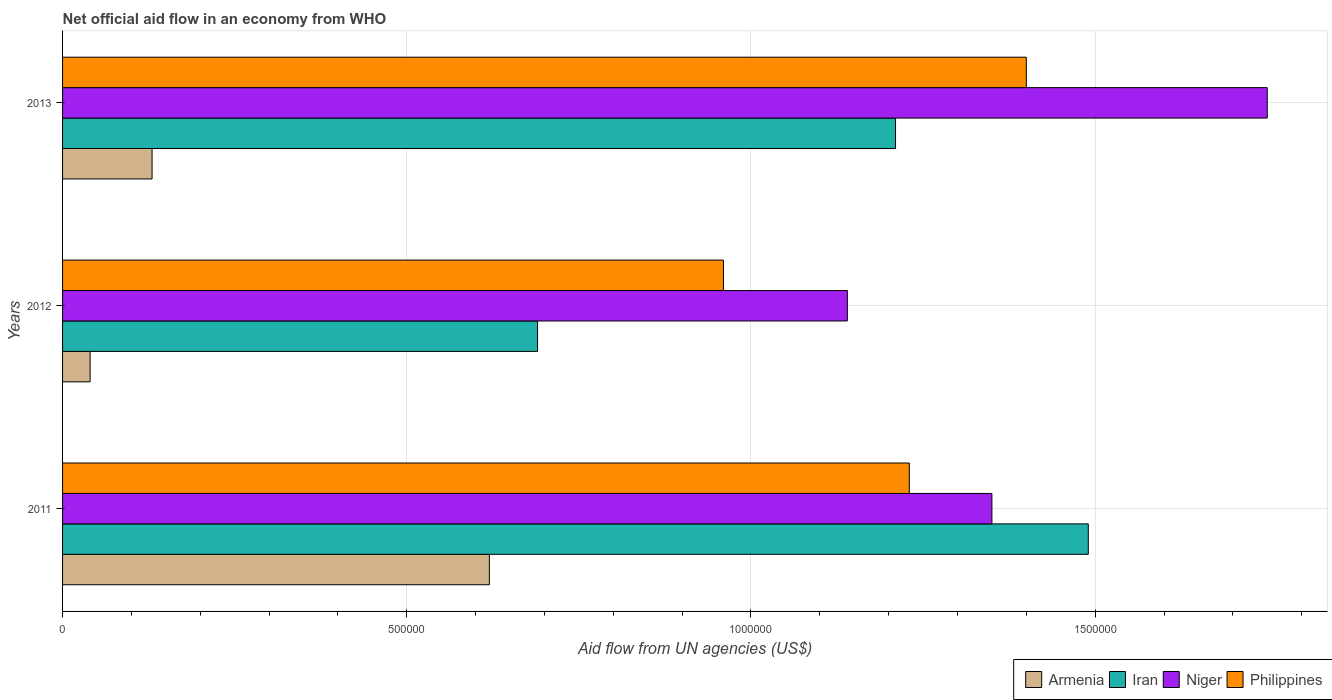
| Years | Armenia | Iran | Niger | Philippines |
 | --- | --- | --- | --- | --- |
 | 2011 | 6.2e+05 | 1.49e+06 | 1.35e+06 | 1.23e+06 |
 | 2012 | 4e+04 | 6.9e+05 | 1.14e+06 | 9.6e+05 |
 | 2013 | 1.3e+05 | 1.21e+06 | 1.75e+06 | 1.4e+06 |